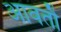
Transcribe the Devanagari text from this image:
आवतौ